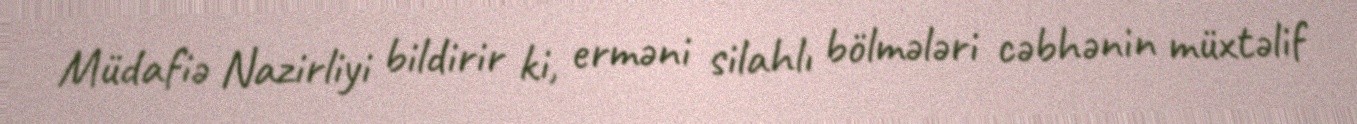
Müdafiə Nazirliyi bildirir ki, erməni silahlı bölmələri cəbhənin müxtəlif